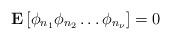
LaTeX: \begin{align*}{\textbf E}\left[\phi_{n_1}\phi_{n_2}\ldots \phi_{n_\nu}\right]=0\end{align*}